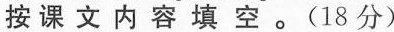
按课文内容填空。(18分)